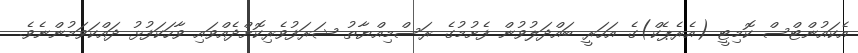
އެކައުންޓްސް ކޮމިޓީ (އެރެޕެކް)ގެ އަހަރީ ބައްދަލުވުން ފެށުމުގެ ރަސްމިއްޔާތު ޝަރަފުވެރިކޮށްދެއްވައި ވާހަކަފުޅު ދައްކަވަމުންނެވެ.